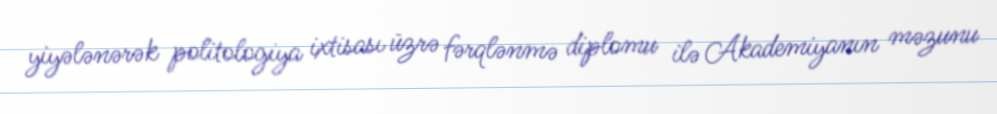
yiyələnərək politologiya ixtisası üzrə fərqlənmə diplomu ilə Akademiyanın məzunu